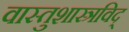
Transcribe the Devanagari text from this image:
वास्तुशास्त्रविद्